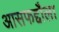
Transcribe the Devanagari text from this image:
आसफद्दौला